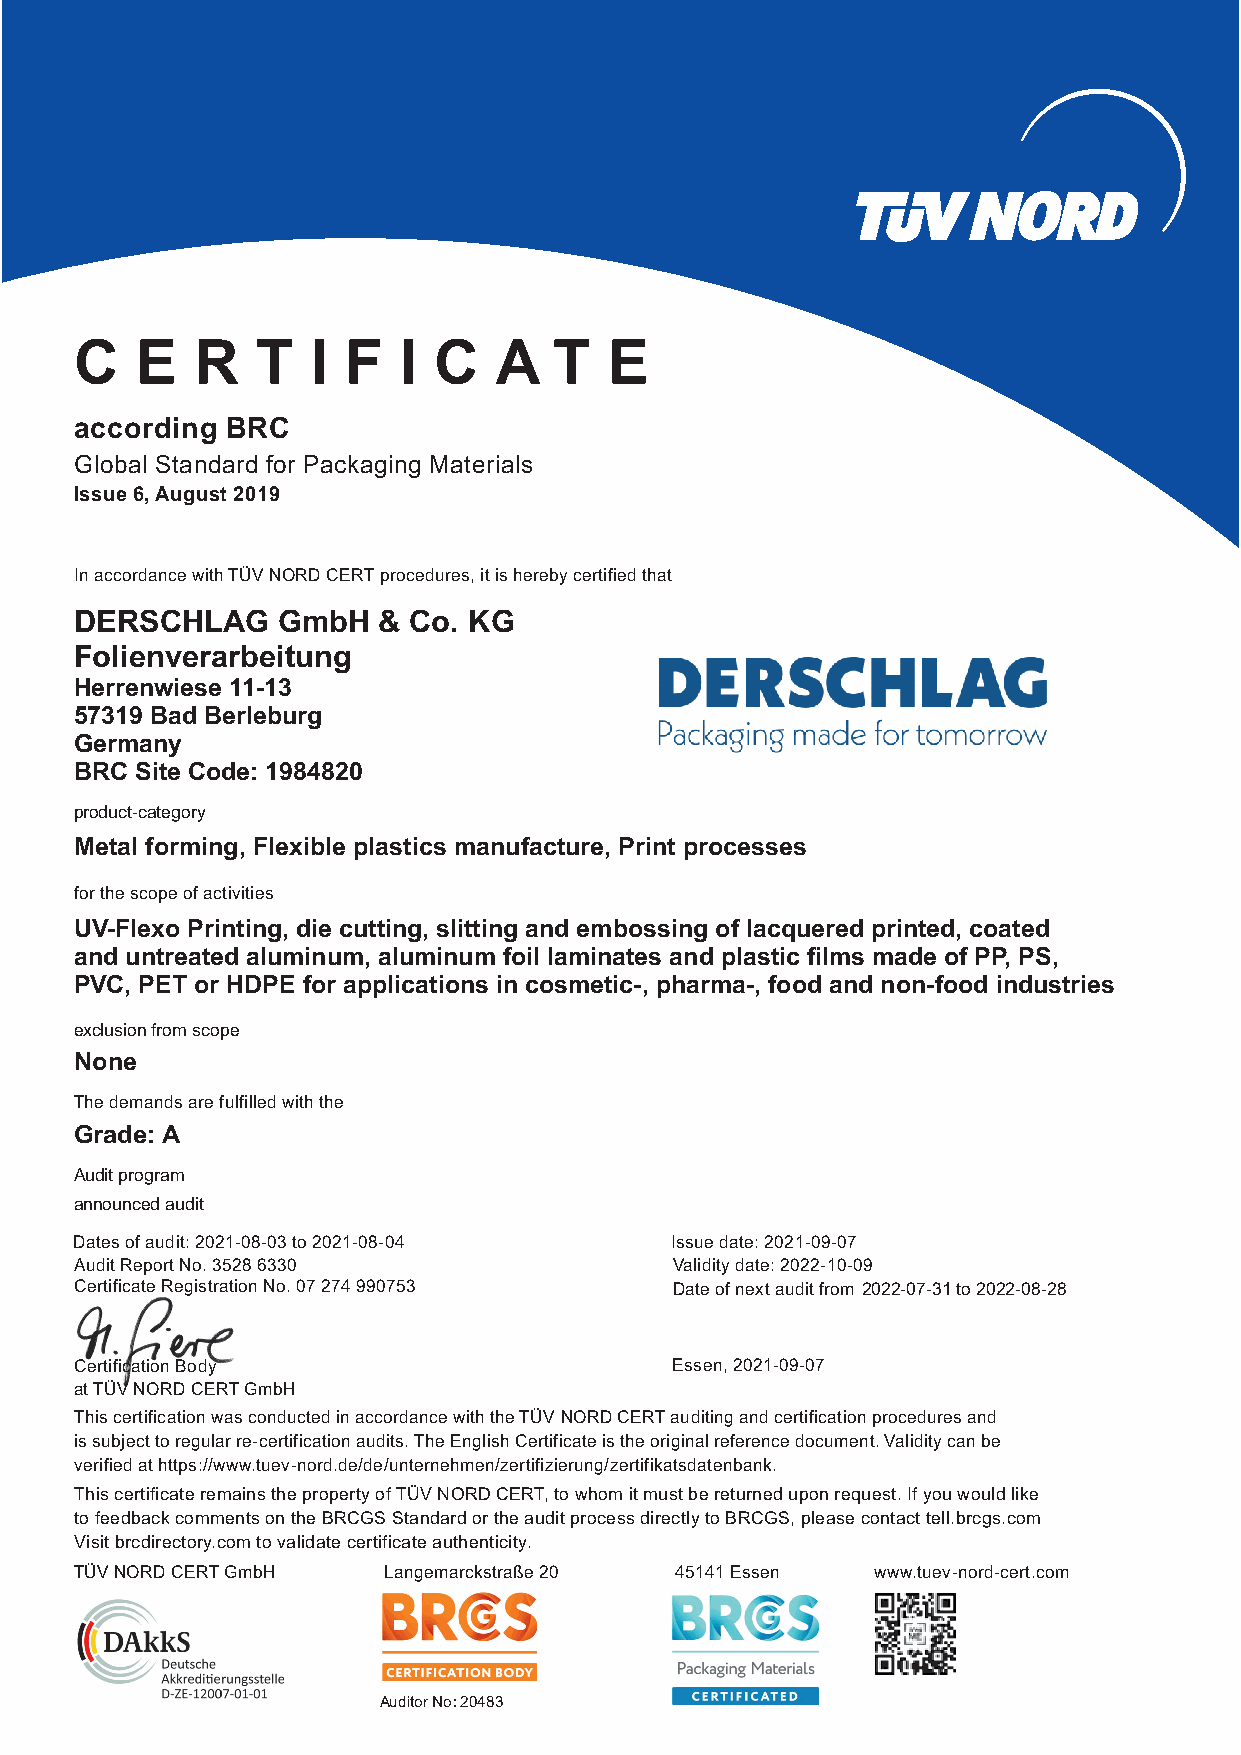
C   E   R   T   I F  I  C   A   T  E
 according BRC
 Global Standard for Packaging Materials
 Issue6,August2019
 InaccordancewithTÜVNORDCERTprocedures,itisherebycertifiedthat
 DERSCHLAG    GmbH   & Co. KG
 Folienverarbeitung
 Herrenwiese 11-13
 57319 Bad Berleburg
 Germany
 BRC Site Code: 1984820
 product-category
 Metal forming, Flexible plastics manufacture, Print processes
 forthescopeofactivities
 UV-Flexo Printing, die cutting, slitting and embossing of lacquered printed, coated
 and untreated aluminum, aluminum foil laminates and plastic films made of PP, PS,
 PVC, PET or HDPE for applications in cosmetic-, pharma-, food and non-food industries
 exclusion from scope
 None
 Thedemandsarefulfilledwiththe
 Grade:A
 Audit program
 announced audit
 Datesofaudit:2021-08-03to2021-08-04    Issuedate:2021-09-07
 AuditReportNo.35286330                 Validitydate:2022-10-09
 CertificateRegistrationNo.07274990753  Dateofnextauditfrom 2022-07-31 to 2022-08-28
 CertificationBody                      Essen,2021-09-07
 atTÜVNORDCERTGmbH
 ThiscertificationwasconductedinaccordancewiththeTÜVNORDCERTauditingandcertificationproceduresand
 issubjecttoregularre-certificationaudits.TheEnglishCertificateistheoriginalreferencedocument.Validitycanbe
 verifiedathttps://www.tuev-nord.de/de/unternehmen/zertifizierung/zertifikatsdatenbank.
 ThiscertificateremainsthepropertyofTÜVNORDCERT,towhomitmustbereturneduponrequest.Ifyouwouldlike
 tofeedbackcommentsontheBRCGSStandardortheauditprocessdirectlytoBRCGS,pleasecontacttell.brcgs.com
 Visitbrcdirectory.comtovalidatecertificateauthenticity.
 TÜVNORDCERTGmbH     Langemarckstraße20  45141Essen   www.tuev-nord-cert.com
 Auditor No : 20483
 .